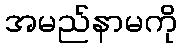
အမည်နာမကို